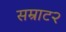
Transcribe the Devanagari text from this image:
सम्राट२